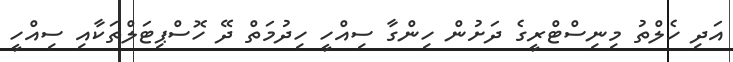
އަދި ހެލްތު މިނިސްޓްރީގެ ދަށުން ހިންގާ ސިއްހީ ހިދުމަތް ދޭ ހޮސްޕިޓަލްތަކާއި ސިއްހީ